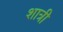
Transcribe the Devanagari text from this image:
शात्री